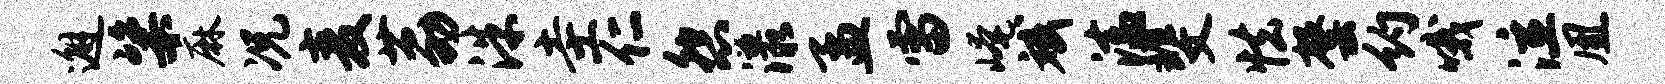
邂粢麻况麦荔洙圭仁怨漾孟雷崦斌溘斐怯罄约哦泣凰